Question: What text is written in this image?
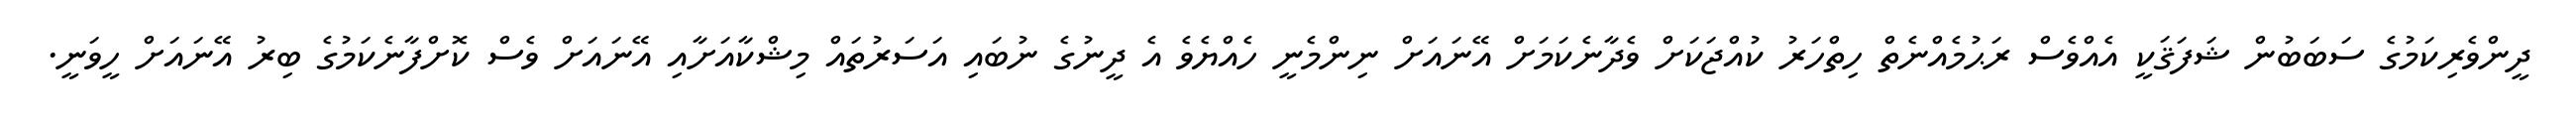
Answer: ދީންވެރިކަމުގެ ސަބަބުން ޝަފަޤަކީ އެއްވެސް ރަޙުމެއްނެތް ހިތްހަރު ކުއްޖަކަށް ވެދާނެކަމަށް އޭނައަށް ނިންމެނީ ހެއްޔެވެ އެ ދީނުގެ ނުބައި އަސަރުތައް މިޝްކާއަށާއި އޭނައަށް ވެސް ކޮށްފާނެކަމުގެ ބިރު އޭނައަށް ހީވަނީ.